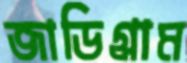
জাডিগ্রাম